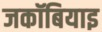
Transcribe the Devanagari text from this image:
जकॉबियाइ